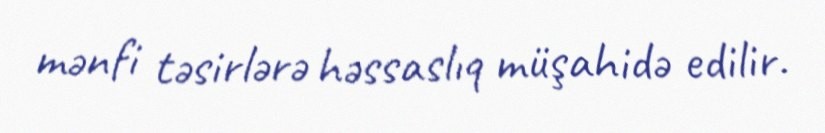
mənfi təsirlərə həssaslıq müşahidə edilir.